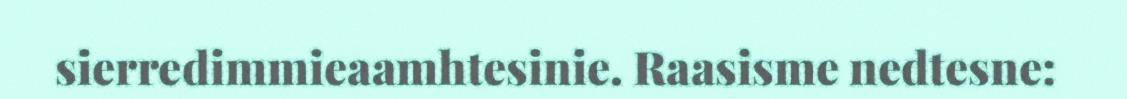
sierredimmieaamhtesinie. Raasisme nedtesne: